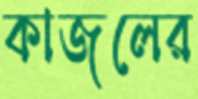
কাজলের